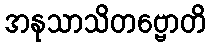
အနုသာသိတဗ္ဗောတိ